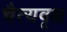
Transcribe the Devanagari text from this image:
चैत्यवृक्ष